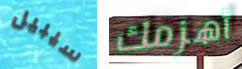
سيبيل أهزمك